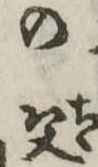
の父